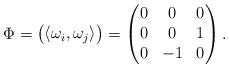
LaTeX: \begin{align*}\Phi = \left(\begin{matrix}\langle \omega_i, \omega_j\rangle\end{matrix}\right) = \left(\begin{matrix}0 & 0 & 0 \\0 & 0 & 1 \\0 & -1 & 0\end{matrix}\right).\end{align*}